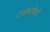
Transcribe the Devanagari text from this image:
राजकर्तव्यों